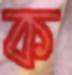
ক